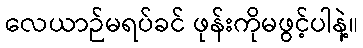
လေယာဉ်မရပ်ခင် ဖုန်းကိုမဖွင့်ပါနဲ့။